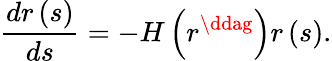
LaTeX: \frac{dr\left(s\right)}{ds}=-H\left(r^{\ddag}\right)r\left(s\right).